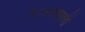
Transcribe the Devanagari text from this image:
१८४८साली